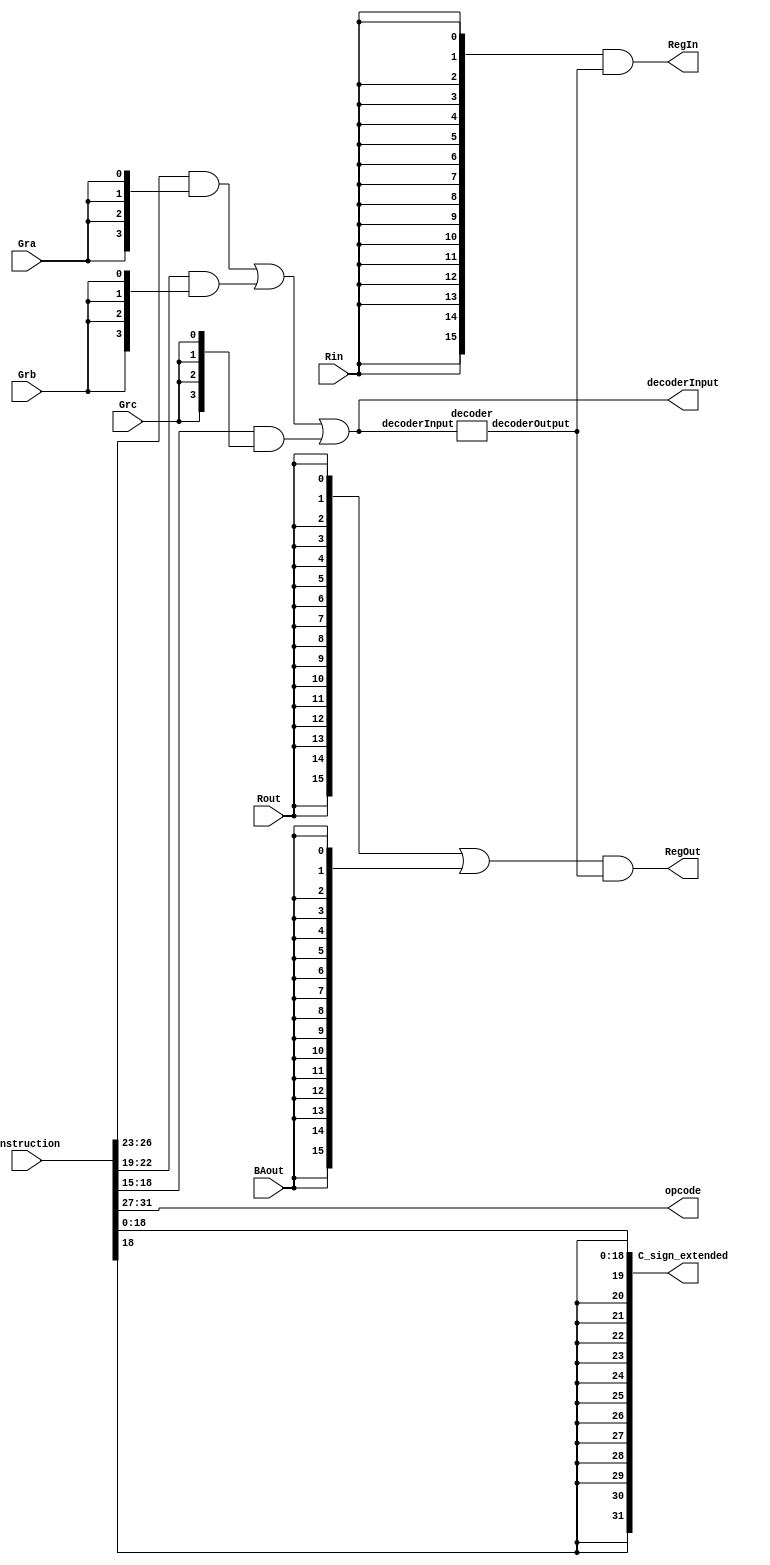

`timescale 1ns/10ps

module IR_logic(input [31:0] instruction, input Gra, input Grb, input Grc, input Rin, input Rout, input BAout, output [4:0] opcode, output [31:0] C_sign_extended, output [15:0] RegIn, output [15:0] RegOut, output wire [3:0] decoderInput);
	wire [15:0] decoderOutput;
	
	assign decoderInput = (instruction[26:23]&{4{Gra}}) | (instruction[22:19]&{4{Grb}}) | (instruction[18:15]&{4{Grc}});
	decoder	decoded(decoderInput, decoderOutput);
	
	assign opcode = instruction[31:27];
	assign C_sign_extended = {{13{instruction[18]}},instruction[18:0]};
	assign RegIn = {16{Rin}} & decoderOutput;
	assign RegOut = ({16{Rout}} | {16{BAout}}) & decoderOutput;
endmodule

module decoder(input wire [3:0] decoderInput, output reg [15:0] decoderOutput);
	always@(*) begin
		case(decoderInput)
         		4'b0000 : decoderOutput <= 16'h0001;     
         		4'b0001 : decoderOutput <= 16'h0002;   
			4'b0010 : decoderOutput <= 16'h0004; 
         		4'b0011 : decoderOutput <= 16'h0008;  
         		4'b0100 : decoderOutput <= 16'h0010;    
         		4'b0101 : decoderOutput <= 16'h0020;   
         		4'b0110 : decoderOutput <= 16'h0040;
         		4'b0111 : decoderOutput <= 16'h0080;    
         		4'b1000 : decoderOutput <= 16'h0100;    
         		4'b1001 : decoderOutput <= 16'h0200;    
         		4'b1010 : decoderOutput <= 16'h0400;   
         		4'b1011 : decoderOutput <= 16'h0800;  
         		4'b1100 : decoderOutput <= 16'h1000;  
         		4'b1101 : decoderOutput <= 16'h2000;    
         		4'b1110 : decoderOutput <= 16'h4000;   
         		4'b1111 : decoderOutput <= 16'h8000;   
      		endcase
   	end
endmodule


module IR_tb();
	reg [31:0] instruction;
	reg Gra, Grb, Grc, Rin, Rout, BAout;
	wire [31:0] C_out;
	wire [15:0] RegIn, RegOut;
	wire [4:0] opcode;
	wire [3:0] decoderInput;
	
	initial begin
	  	instruction=0; Gra=0; Grb=0; Grc=0; Rin=0; Rout=0; BAout=0;
	  #10 	instruction=32'b01110010100100011000011010001011; Gra=1; Grb=0; Grc=0; Rin=1; Rout=0; BAout=0;
	  #10 	instruction=32'b01110010100100011000011010001011; Gra=0; Grb=1; Grc=0; Rin=1; Rout=0; BAout=0;
	  #10	instruction=32'b01110010100100011000011010001011; Gra=0; Grb=0; Grc=1; Rin=1; Rout=0; BAout=0;
	  #10 	instruction=32'b01110010100100011000011010001011; Gra=0; Grb=1; Grc=0; Rin=0; Rout=1; BAout=0;
	  #10 	instruction=32'b01110010100100011000011010001011; Gra=0; Grb=1; Grc=0; Rin=0; Rout=0; BAout=1;
	end

	IR_logic IR(instruction,Gra,Grb,Grc,Rin,Rout,BAout,opcode,C_out,RegIn,RegOut,decoderInput);
endmodule